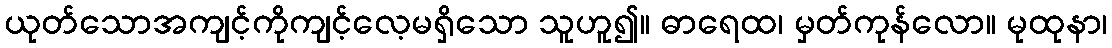
ယုတ်သောအကျင့်ကိုကျင့်လေ့မရှိသော သူဟူ၍။ ဓာရေထ၊ မှတ်ကုန်လော။ မုထုနာ၊